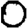
Digit: 0